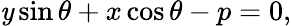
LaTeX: \mathit{y}\sin\theta+x\cos\theta-p=0,